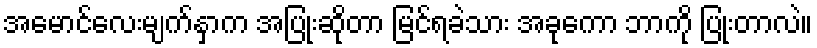
အမောင်လေးမျက်နှာက အပြုံးဆိုတာ မြင်ရခဲသား အခုကော ဘာကို ပြုံးတာလဲ။